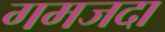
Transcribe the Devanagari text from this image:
गमजदा